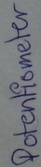
Text: Potentiometer